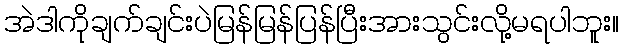
အဲဒါကိုချက်ချင်းပဲမြန်မြန်ပြန်ပြီးအားသွင်းလို့မရပါဘူး။